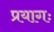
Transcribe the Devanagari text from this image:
प्रयागः